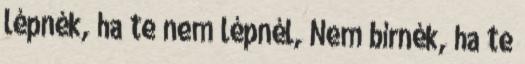
lépnék, ha te nem lépnél, Nem bírnék, ha te